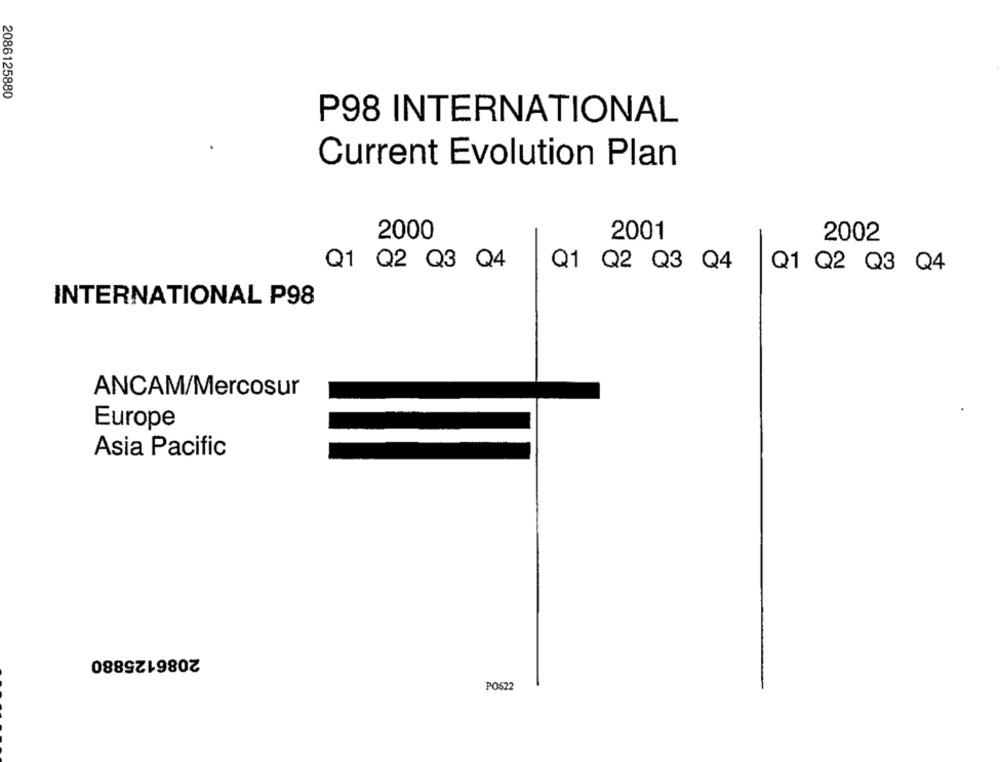
2086125880
P98 INTERNATIONAL
Current Evolution Plan
2000
2001
2002
Q1 Q2 Q3 Q4
Q1 Q2 Q3 Q4
Q1 Q2 Q3 Q4
INTERNATIONAL P98
ANCAM/Mercosur
Europe
Asia Pacific
2086125880
PO622